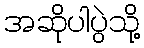
အဆိုပါပွဲသို့